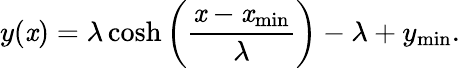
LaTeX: y(\mathit{x})=\lambda\cosh\left(\frac{{\mathit{x}-\mathit{x}_{\mathrm{{min}}}}}{{\lambda}}\right)-\lambda+y_{\mathrm{{min}}}.